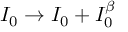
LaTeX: I _ { 0 } \rightarrow I _ { 0 } + I _ { 0 } ^ { \beta }